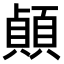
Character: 𫖣